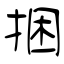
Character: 捆